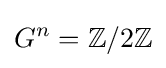
G^{n}=\mathbb {Z} /2\mathbb {Z}